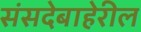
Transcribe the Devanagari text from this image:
संसदेबाहेरील